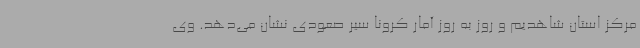
مرکز استان شاهدیم و روز به روز آمار کرونا سیر صعودی نشان می‌دهد. وی